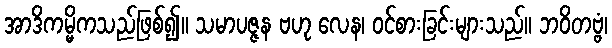
အာဒိကမ္မိကသည်ဖြစ်၍။ သမာပဇ္ဇန ဗဟု လေန၊ ဝင်စားခြင်းများသည်။ ဘဝိတဗ္ဗံ၊